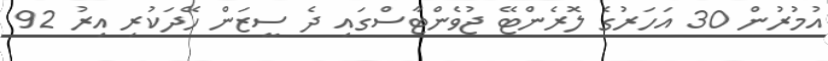
އުމުރުން 30 އަހަރުގެ ލޮރެންޓޭ ޖުވެންޓާސްގައި ދެ ސީޒަން ހޭދަކުރި އިރު 92